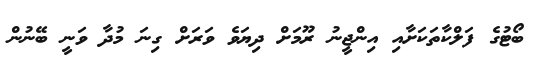
ބޯޓުގެ ފަލްކާތަކަށާއި އިންޖީނު ރޫމަށް ދިޔަވެ ވަރަށް ގިނަ މުދާ ވަނީ ބޭނުން